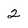
Character: 2